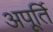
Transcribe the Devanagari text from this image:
अपूर्ति